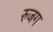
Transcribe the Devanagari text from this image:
रुजग